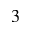
3